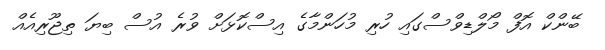
ބޭންކް އޮފް މޯލްޑިވްސްގައި ހުރި މުހަންމާގެ އިސްކޮޅަށް ވުރެ އުސް ބިޔަ ތިޖޫރިއެއް